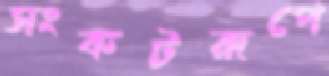
সংকটরূপে